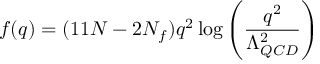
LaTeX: f ( q ) = ( 1 1 N - 2 N _ { f } ) q ^ { 2 } \log \left( \frac { q ^ { 2 } } { \Lambda _ { Q C D } ^ { 2 } } \right)